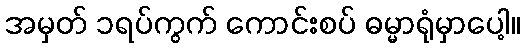
အမှတ် ၁ရပ်ကွက် ကောင်းစပ် ဓမ္မာရုံမှာပေါ့။